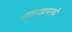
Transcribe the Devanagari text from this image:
तुतनखामनची